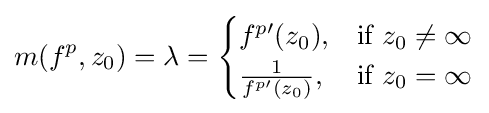
m(f^{p},z_{0})=\lambda ={\begin{cases}f^{p\prime }(z_{0}),&{\mbox{if }}z_{0}\neq \infty \\{\frac {1}{f^{p\prime }(z_{0})}},&{\mbox{if }}z_{0}=\infty \end{cases}}